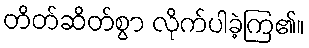
တိတ်ဆိတ်စွာ လိုက်ပါခဲ့ကြ၏။